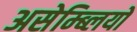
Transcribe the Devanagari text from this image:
असेम्ब्लियों